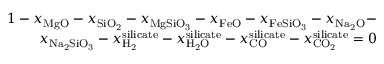
\begin{array} { r } { 1 - { x _ { \mathrm { { M g O } } } } - { x _ { \mathrm { { S i } } { \mathrm { { O } } _ { \mathrm { { 2 } } } } } } - { x _ { \mathrm { { M g S i } } { \mathrm { { O } } _ { \mathrm { { 3 } } } } } } - { x _ { \mathrm { { F e O } } } } - { x _ { \mathrm { { F e S i } } { \mathrm { { O } } _ { \mathrm { { 3 } } } } } } - { x _ { \mathrm { { N } } { \mathrm { { a } } _ { \mathrm { { 2 } } } } \mathrm { { O } } } } - } \\ { { x _ { \mathrm { { N } } { \mathrm { { a } } _ { \mathrm { { 2 } } } } \mathrm { { S i } } { \mathrm { { O } } _ { \mathrm { { 3 } } } } } } - x _ { { \mathrm { { H } } _ { \mathrm { { 2 } } } } } ^ { \mathrm { { s i l i c a t e } } } - x _ { { \mathrm { { H } } _ { \mathrm { { 2 } } } } \mathrm { { O } } } ^ { \mathrm { { s i l i c a t e } } } - x _ { \mathrm { { C O } } } ^ { \mathrm { { s i l i c a t e } } } - x _ { \mathrm { { C } } { \mathrm { { O } } _ { \mathrm { { 2 } } } } } ^ { \mathrm { { s i l i c a t e } } } = 0 } \end{array}